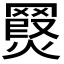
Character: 𮊖